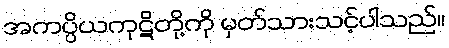
အကပ္ပိယကုဋိတို့ကို မှတ်သားသင့်ပါသည်။